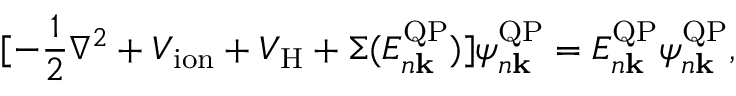
[ - \frac { 1 } { 2 } \nabla ^ { 2 } + V _ { \mathrm { i o n } } + V _ { \mathrm { H } } + \Sigma ( E _ { n \bf { k } } ^ { \mathrm { Q P } } ) ] \psi _ { n \bf { k } } ^ { \mathrm { Q P } } = E _ { n \bf { k } } ^ { \mathrm { Q P } } \psi _ { n \bf { k } } ^ { \mathrm { Q P } } ,